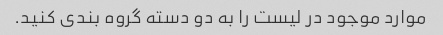
موارد موجود در لیست را به دو دسته گروه بندی کنید.